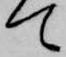
て